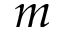
m